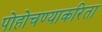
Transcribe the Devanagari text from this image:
पोहोचण्याकरिता